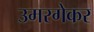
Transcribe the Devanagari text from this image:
उमरगेकर